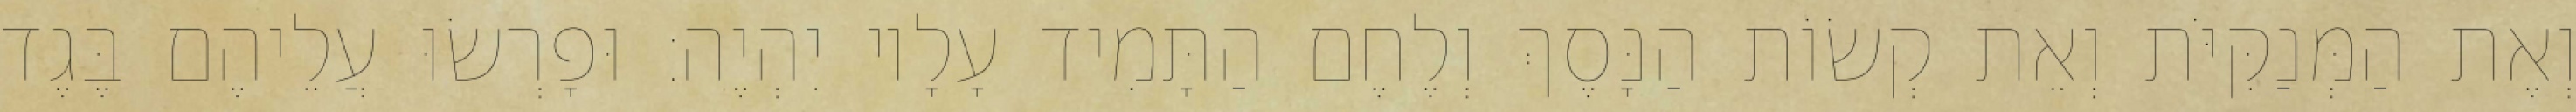
וְאֶת הַמְּנַקִּיֹּת וְאֵת קְשׂוֹת הַנָּסֶךְ וְלֶחֶם הַתָּמִיד עָלָיו יִהְיֶה׃ וּפָרְשׂוּ עֲלֵיהֶם בֶּגֶד